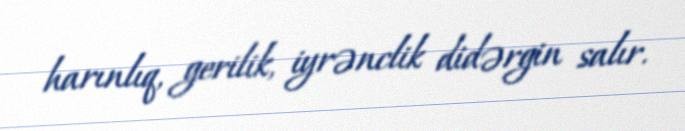
harınlıq, gerilik, iyrənclik didərgin salır.